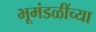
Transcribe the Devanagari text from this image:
भूमंडळींच्या